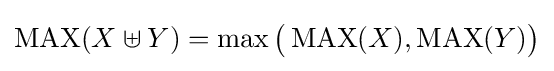
\operatorname {MAX} (X\uplus Y)=\max {\bigl (}\operatorname {MAX} (X),\operatorname {MAX} (Y){\bigr )}